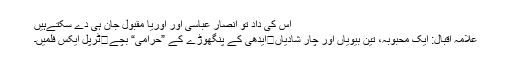
اس کی داد تو انصار عباسی اور اوریا مقبول جان ہی دے سکتےہیں
علامہ اقبال: ایک محبوبہ، تین بیویاں اور چار شادیاں	ایدھی کے پنگھوڑے کے ”حرامی“ بچے	ٹرپل ایکس فلمیں۔